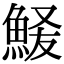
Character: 𫙞